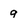
Character: 9